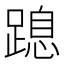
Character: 𨃡